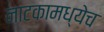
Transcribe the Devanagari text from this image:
नाटकामध्येच